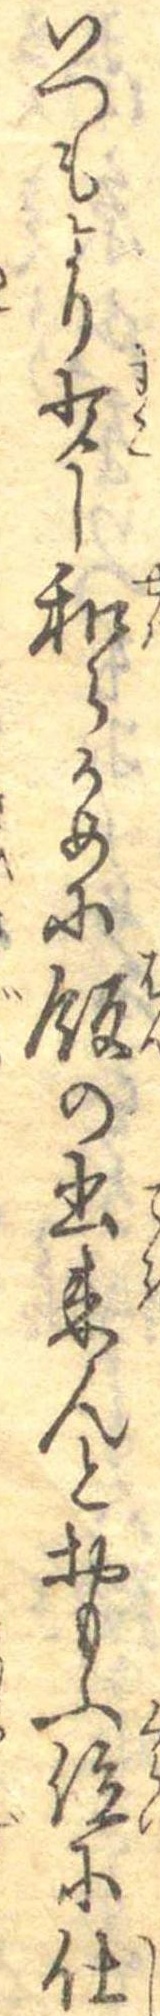
いつもより少し和らかめに飯の出来んとおもふ位に仕